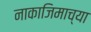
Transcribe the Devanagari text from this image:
नाकाजिमाच्या